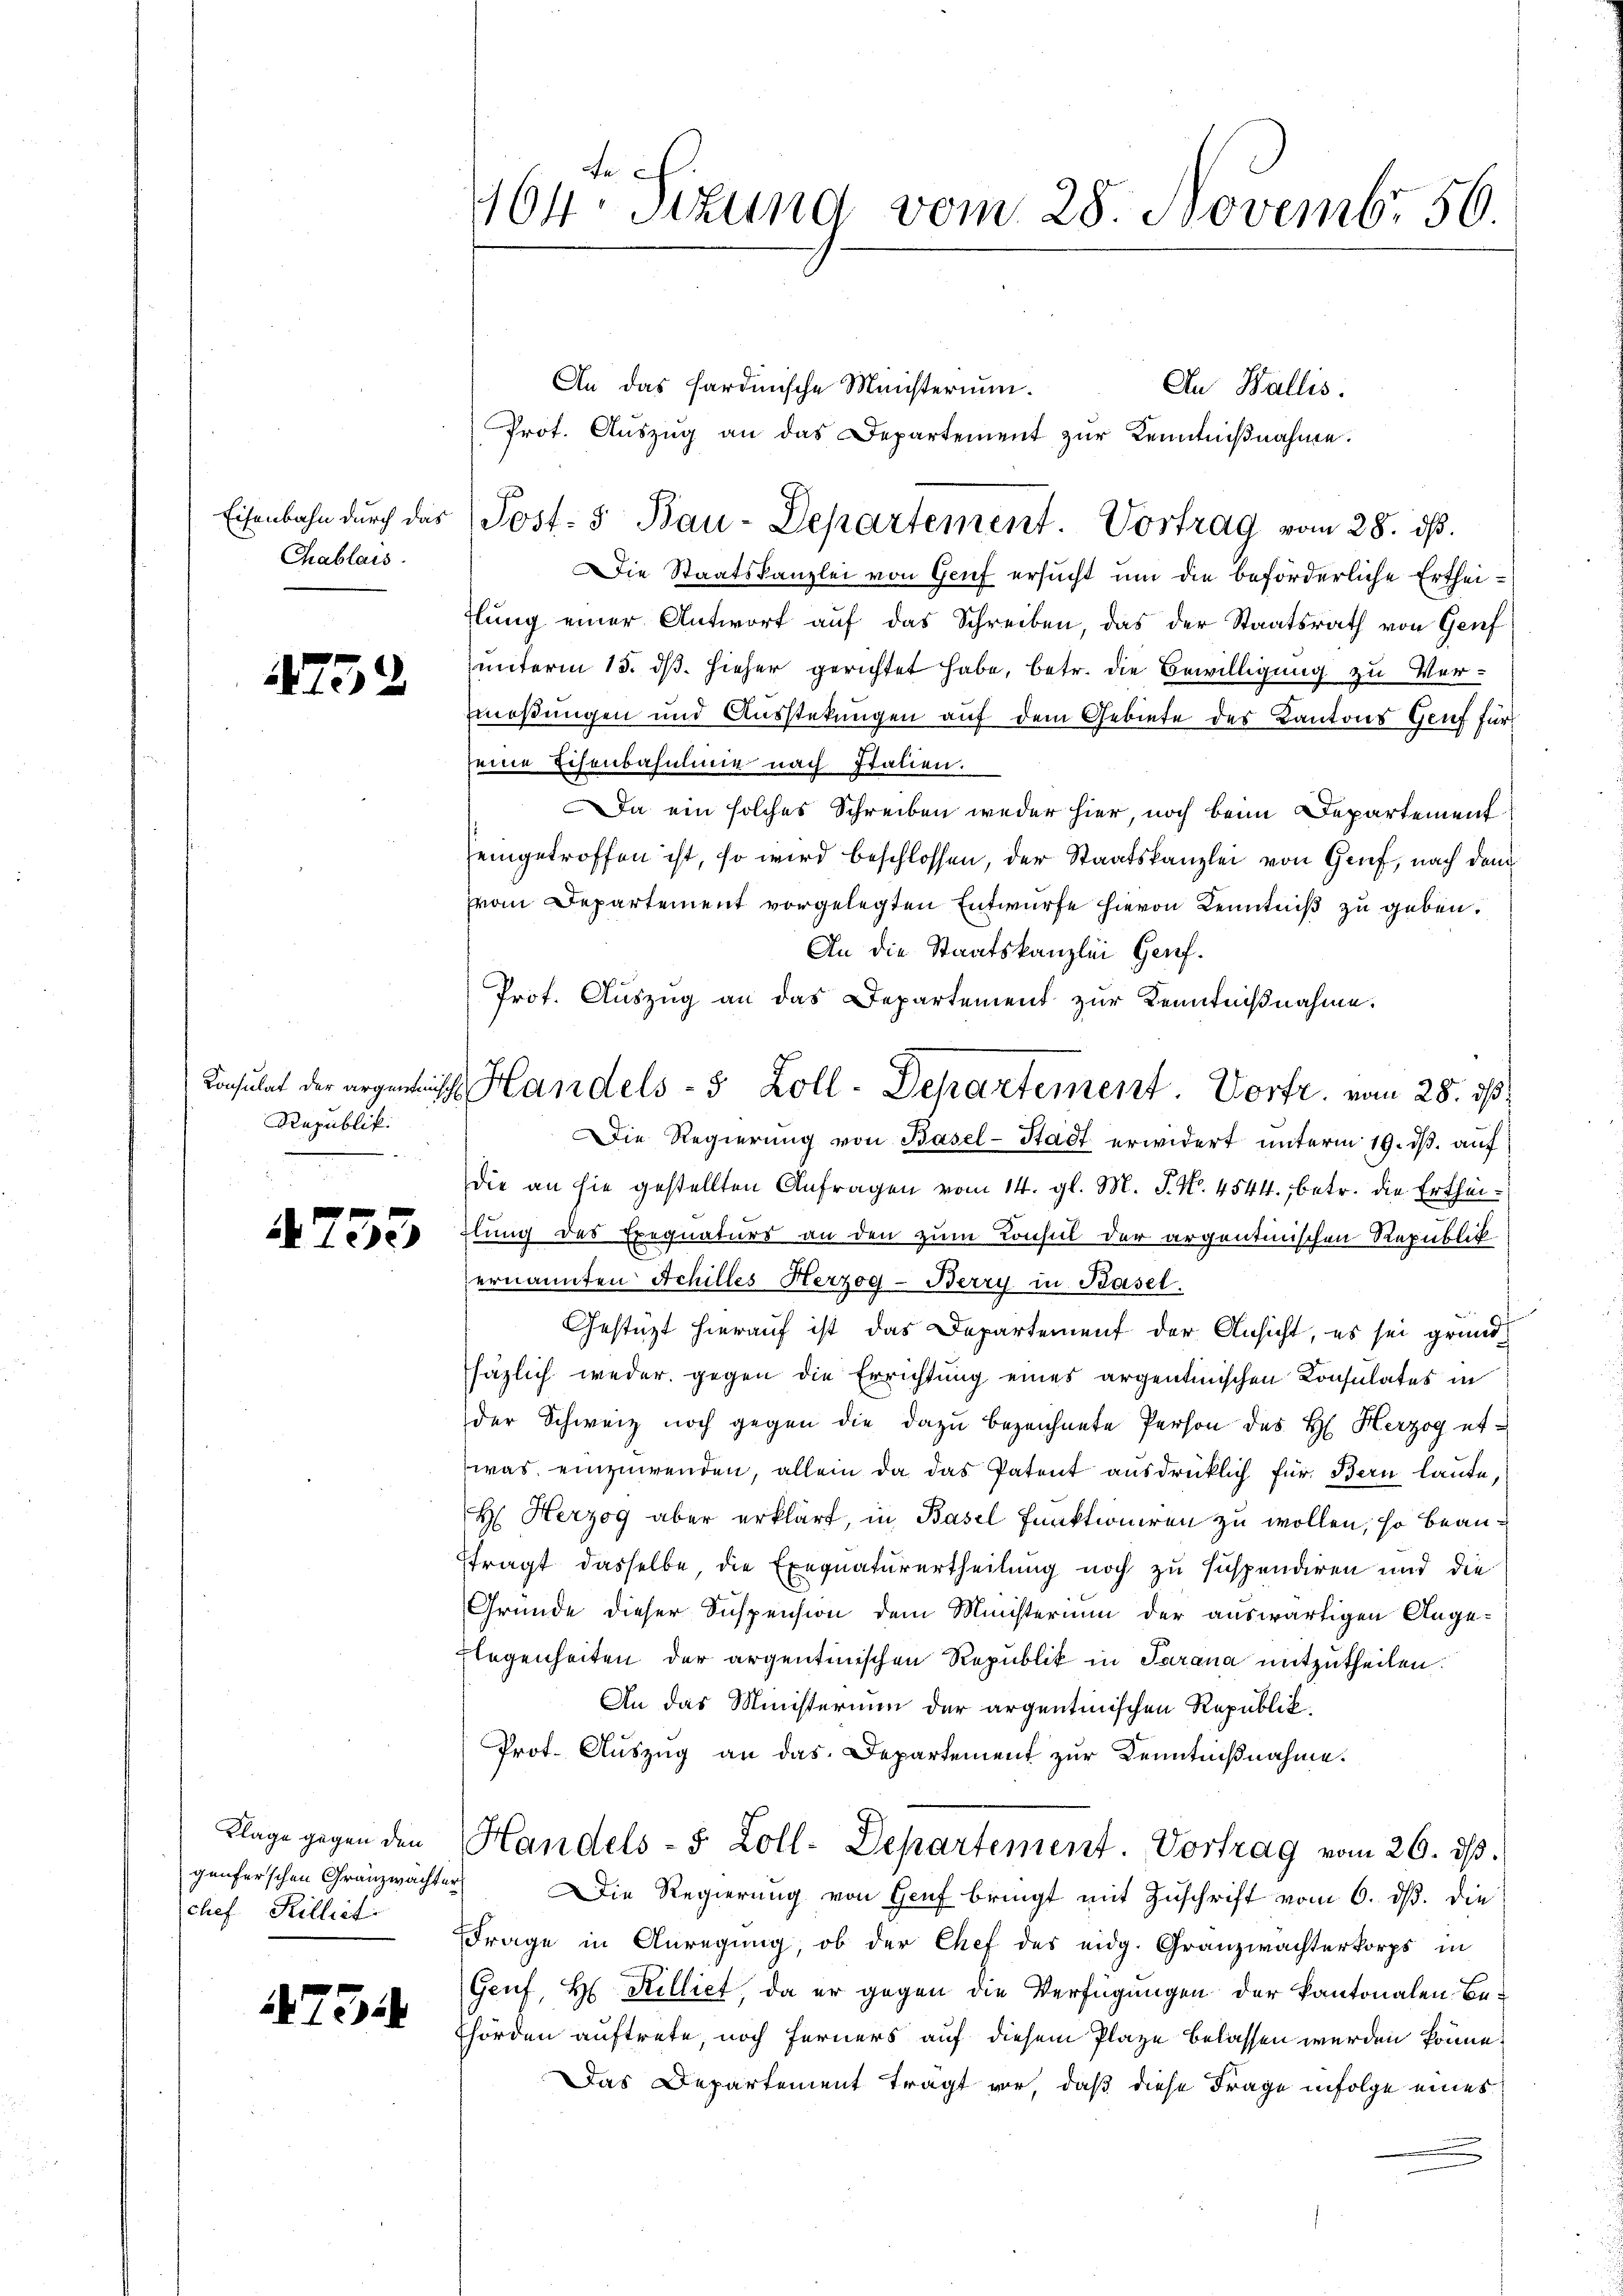
Eisenbahn durch das
Chablais.

4752

Republik.

4753

Klage gegen den
genferschen Granzwachter
chef Killigt.

475

An
464. Sitzung vom 28. Novembr 56.

Konsulat der angen Handels- 5 Zoll-Departement Vorfr. vom 28. ds.

Die Staatskanzlei von Genf ersucht um die beförderliche Ertheidlung einer Antwort auf das Schreiben, das der Staatsrath von Genf
unterm 15. dß. Hieher gerichtet habe, betr. die Bewilligung zu Vermaßungen und Ausstekungen auf dem Gebiete des Kantons Genf für
seine Eisenbahnlinie nach Italien.
a ein solches Schreiben weder hier, noch beim Departement
eingetroffen ist, so wird beschlossen, der Staatskanzlei von Genf, nach dem
Vom Departement vorgelegten Entwurfe hievon Kenntniß zu geben.
An die Staatskanzlei Genf.
Prot. Auszug an das Departement zur Kenntnißnahme.
ie Regierung von Basel-Stadt erwidert unterm 19. ds. auf
dDie an sie gestellten Anfragen vom 14. gl. M. J. N. 4544., betr. die Ertheilung des Exequaturs an den zum Konsul der argentinischen Republick.
ernannten Achilles Herzog-Berry in Basel.
Gestützt hierauf ist das Departement der Ansicht, es sei grundhäzlich weder gegen die Errichtung eines argentinischen Konsulates in
der Schweiz noch gegen die dazu bezeichnete Person des H. Herzog etwas einzuwenden, allein da das Patent ausdrücklich für Bern laute,
H. Herzog aber erklärt, in Basel funktioniren zu wollen, so beanftragt dasselbe die Exequaturertheilung noch zu suspendiren und die
Gründe dieser Suspension dem Ministerium der auswärtigen Ange¬
Flegenheiten der argentinischen Republik in Sarana mitzutheilen.
An das Ministerium der argentinischen Republick
Prot. Auszug an das Departement zur Kenntnißnahme.
Handels- 5 Zoll-Departement. Vortrag vom 26. ds.
Die Regierung von Heuf bringt mit Zuschrift vom 6. ds. die
Frage in Anregung, ob der Chef des eidg. Granzwachterkorps in
Genf, H. Rilliet, da er gegen die Verfügungen der Kantonalen Behörden auftrete, noch ferners auf diesem Plaze belassen werden könne.
Das Departement trägt vor, daß diese Frage infolge eines

An das Hardmische Ministerium.
An Wallis.
Prot. Aŭszŭg an das Departement zŭr Kenntniβnahme.
Post- & Bau-Departement. Vortrag vom 28. ds.